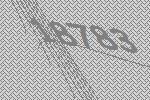
18783